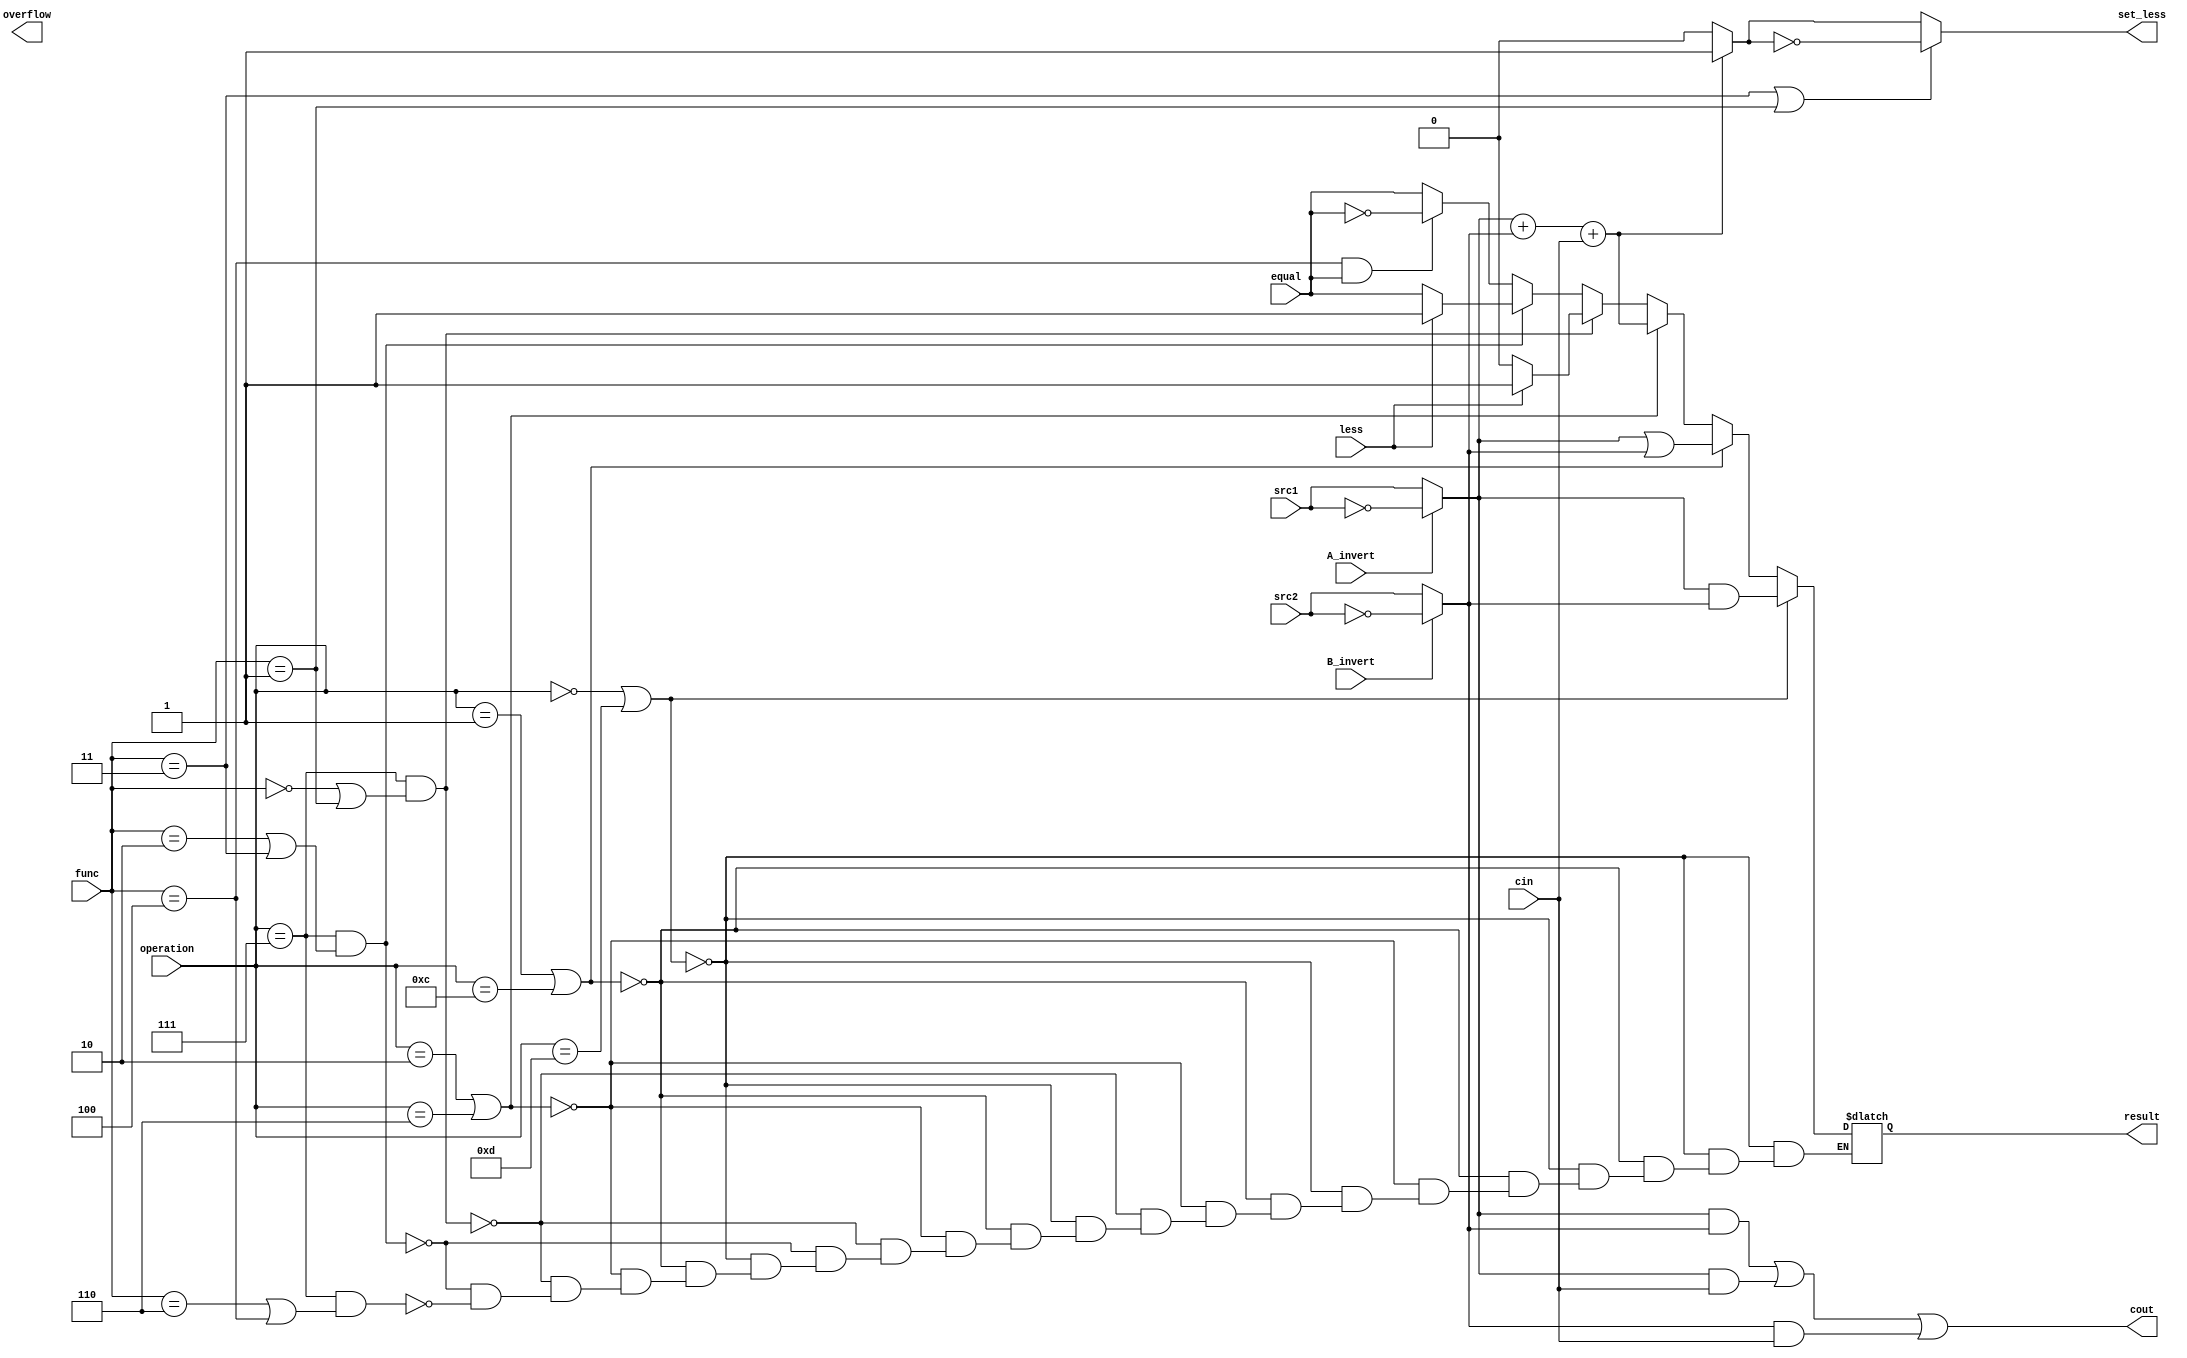
//0613144 

`timescale 1ns / 1ps

module alu_bottom(
      src1,       //1 bit source 1 (input)
      src2,       //1 bit source 2 (input)
      less,       //1 bit less     (input)
      equal,      //1 bit equal  (input)
      A_invert,   //1 bit A_invert (input)
      B_invert,   //1 bit B_invert (input)
      cin,        //1 bit carry in (input)
      operation,  //operation      (input)
      func,       //function        (input)
      result,     //1 bit result   (output)
      cout,       //1 bit carry out(output)
      overflow,
      set_less
    );
  
input         src1;
input         src2;
input         less;
input         equal;
input         A_invert;
input         B_invert;
input         cin;
input [4-1:0] operation;
input [3-1:0] func;

output        result;
output     cout;
output set_less;
output overflow;

reg           result;
wire src1temp,src2temp,overflow, haha;

assign src1temp = (A_invert)? ~src1:src1;
assign src2temp = (B_invert)? ~src2:src2;
assign haha = (src1temp + src2temp + cin)? 1'b1:1'b0;
assign cout = (src1temp && src2temp)||(src1temp && cin)||(src2temp && cin);
assign set_less = (func == 3'b011 || func == 3'b001)? ~haha : haha;
//assign set_less = 1'b1;
always @(*) begin
    if(operation == 4'b0000 || operation == 4'b1101) result = src1temp & src2temp;
    else if(operation == 4'b0001 || operation == 4'b1100) result = src1temp | src2temp;
    else if(operation == 4'b0010 || operation == 4'b0110) result = src1temp + src2temp + cin;
    
    //else if(operation == 4'b0111 ) result = (less)? 1'b1 : 1'b0;
    else if(operation == 4'b0111 && (func == 3'b000 || func == 3'b001)) result = (less)? 1'b1 : 1'b0;
    else if(operation == 4'b0111 && (func == 3'b010 || func == 3'b011)) result = (less)? less : equal;
    else if(operation == 4'b0111 && (func == 3'b110 || func == 3'b100)) result = (func == 3'b100 && equal)? ~equal : equal;
    
    else result = result;
end
endmodule